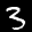
Label: 3